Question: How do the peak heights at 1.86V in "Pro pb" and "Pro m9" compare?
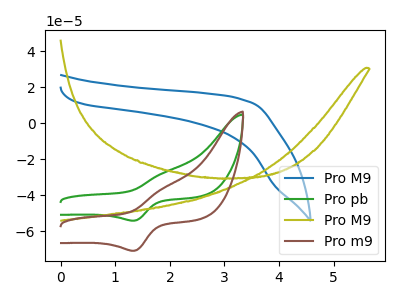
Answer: <think>The blue curve "Pro M9" has no peaks. The green curve "Pro pb" has an anodic peak at (1.85V, -27.85uA) and a cathodic peak at (1.35V, -54.05uA). The olive curve "Pro M9" has no peaks. The brown curve "Pro m9" has an anodic peak at (1.85V, -36.45uA) and a cathodic peak at (1.35V, -70.75uA).</think>
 <answer>The peak at 1.86V is higher in "Pro pb" than in "Pro m9".</answer>
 <eval>higher</eval>